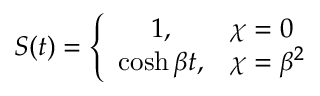
S ( t ) = \left\{ \begin{array} { c l } { { 1 , } } & { { \chi = 0 } } \\ { { \cosh \beta t , } } & { { \chi = { \beta } ^ { 2 } } } \end{array} \right.